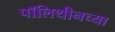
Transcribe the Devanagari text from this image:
पॉलिथीनच्या